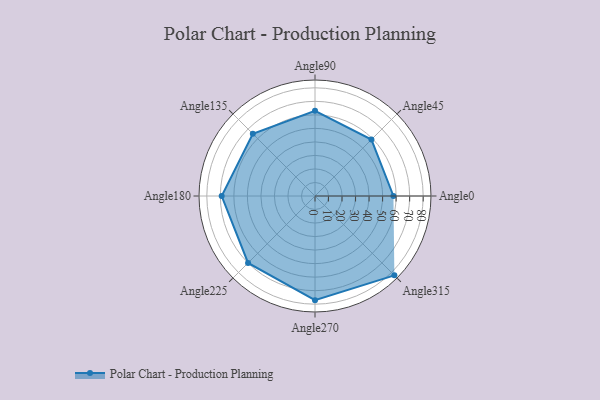
{"axis": {"x": "Angle", "y": "Radius"}, "legend": [""], "data": [{"x": "Angle0", "y": 58.0, "type": ""}, {"x": "Angle45", "y": 59.0, "type": ""}, {"x": "Angle90", "y": 63.0, "type": ""}, {"x": "Angle135", "y": 65.0, "type": ""}, {"x": "Angle180", "y": 69.0, "type": ""}, {"x": "Angle225", "y": 70.0, "type": ""}, {"x": "Angle270", "y": 77.0, "type": ""}, {"x": "Angle315", "y": 83.0, "type": ""}]}